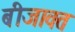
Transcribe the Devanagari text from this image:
बीजावत